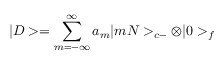
| D > = \sum _ { m = - \infty } ^ { \infty } a _ { m } | m N > _ { c - } \otimes | 0 > _ { f }